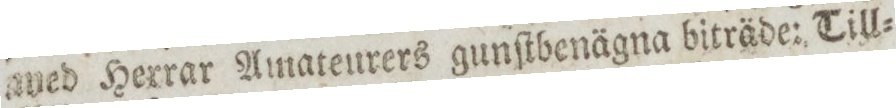
aned Herrar Amateurers gunſtbenägna biträde: Till=